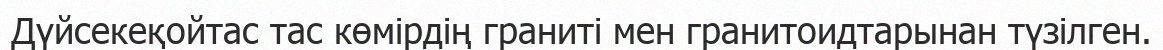
Дүйсекеқойтас тас көмірдің граниті мен гранитоидтарынан түзілген.